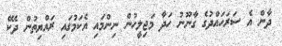
ދާން އެ ސަރަހައްދުގެ ގާނޫނު ހަދާ މަޖިލީހުން ނިންމައި އެކަމުގައި ރައްޔިތުން ދެކޭ